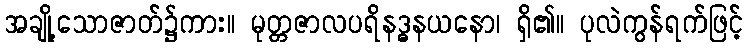
အချို့သောဇာတ်၌ကား။ မုတ္တဇာလပရိနဒ္ဓနယနော၊ ရှိ၏။ ပုလဲကွန်ရက်ဖြင့်